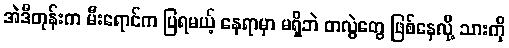
အဲဒီတုန်းက မီးရောင်က ပြရမယ့် နေရာမှာ မရှိဘဲ တလွဲတွေ ဖြစ်နေလို့ သားကို